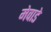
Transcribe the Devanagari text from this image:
मेवाडे